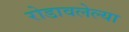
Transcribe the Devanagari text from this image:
रोडावलेल्या